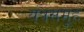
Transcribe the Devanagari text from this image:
यंत्रसमूह